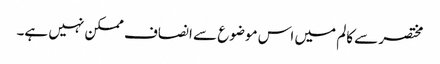
مختصر سے کالم میں اس موضوع سے انصاف ممکن نہیں ہے۔